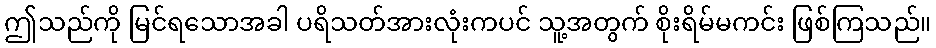
ဤသည်ကို မြင်ရသောအခါ ပရိသတ်အားလုံးကပင် သူ့အတွက် စိုးရိမ်မကင်း ဖြစ်ကြသည်။